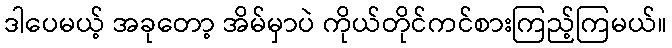
ဒါပေမယ့် အခုတော့ အိမ်မှာပဲ ကိုယ်တိုင်ကင်စားကြည့်ကြမယ်။